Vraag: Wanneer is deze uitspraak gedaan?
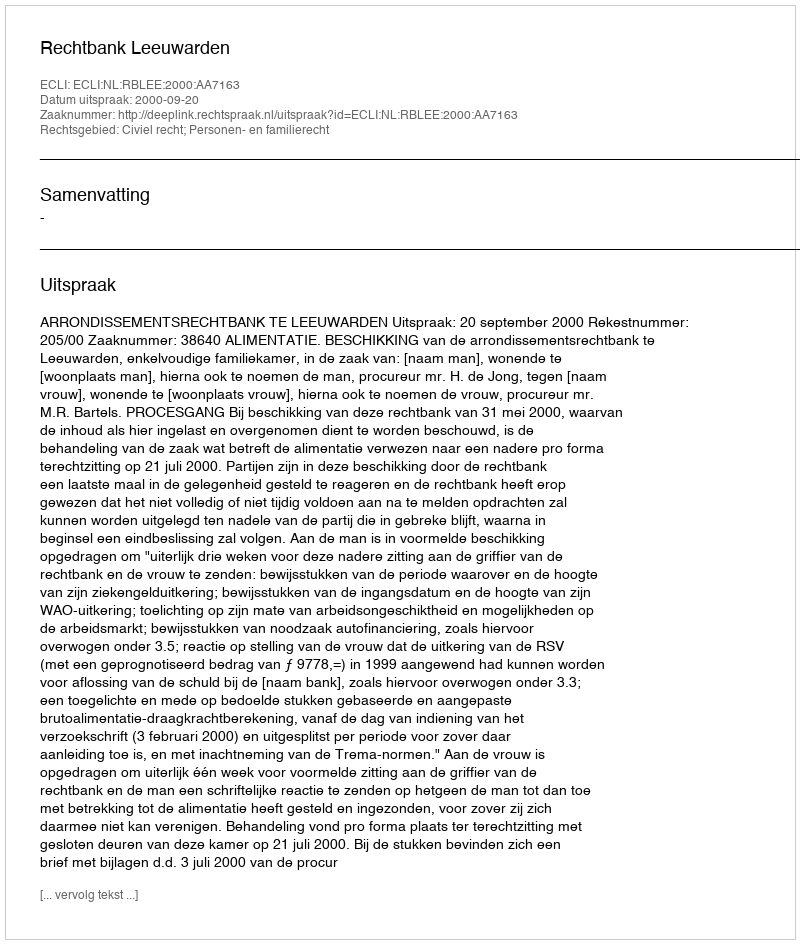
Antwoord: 2000-09-20